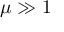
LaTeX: \mu \gg 1 \protect \protect \protect \protect